Annual administration and progress report of the Indian Medical Department, Bombay
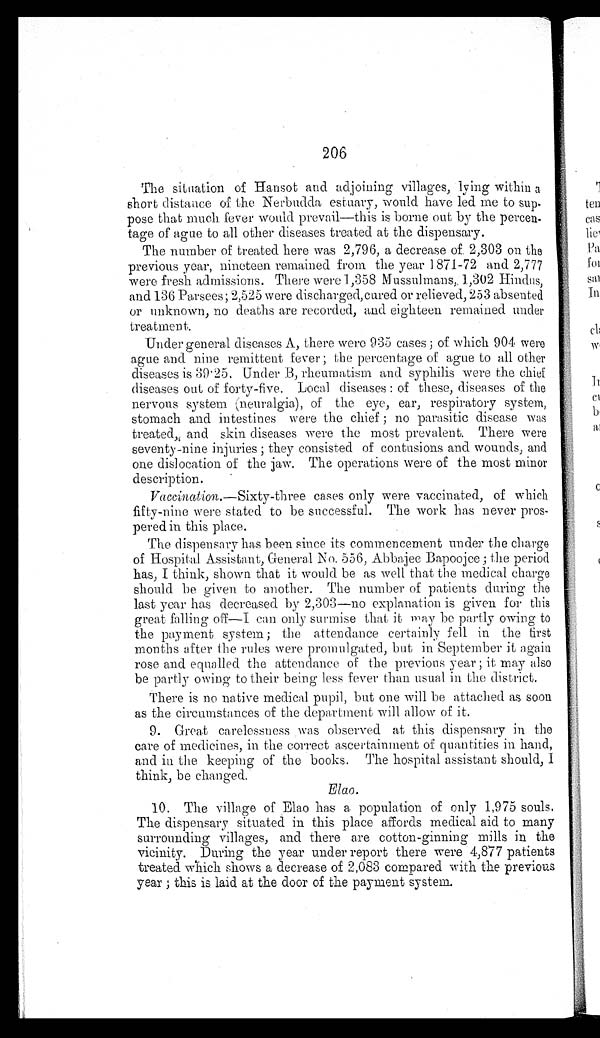
206
The situation of Hansot and adjoining villages, lying within a
short distance of the Nerbudda estuary, would have led me to sup-
pose that much fever would prevail—this is borne out by the percen-
tage of ague to all other diseases treated at the dispensary.
The number of treated here was 2,796, a decrease of 2,303 on the
previous year, nineteen remained from the year 1871-72 and 2,777
were fresh admissions. There were 1,858 Mussulmans, 1,302 Hindus,
and 136 Parsees; 2,525 were discharged, cured or relieved, 253 absented
or unknown, no deaths are recorded, and eighteen remained under
treatment.
Under general diseases A, there were 935 cases; of which 904 were
ague and nine remittent fever; the percentage of ague to all other
diseases is 39.25. Under B, rheumatism and syphilis were the chief
diseases out of forty-five. Local diseases: of these, diseases of the
nervous system (neuralgia), of the eye, ear, respiratory system,
stomach and intestines were the chief; no parasitic disease was
treated, and skin diseases were the most prevalent. There were
seventy-nine injuries; they consisted of contusions and wounds, and
one dislocation of the jaw. The operations were of the most minor
description.
Vaccination .—Sixty-three cases only were vaccinated, of which
fifty-nine were stated to be successful. The work has never pros
- p e r e d i n t h i s p l a c e .
The dispensary has been since its commencement under the charge
of Hospital Assistant, General No. 556, Abbajee Bapoojee; the period
has, I think, shown that it would be as well that the medical charge
should be given to another. The number of patients during the
last year has decreased by 2,303—no explanation is given for this
great falling off—I can only surmise that it may be partly owing to
the payment system; the attendance certainly fell in the first
months after the rules were promulgated, but in September it again
rose and equalled the attendance of the previous year; it may also
be partly owing to their being less fever than usual in the district.
There is no native medical pupil, but one will be attached as soon
as the circumstances of the department will allow of it.
9. Great carelessness was observed at this dispensary in the
care of medicines, in the correct ascertainment of quantities in hand,
and in the keeping of the books. The hospital assistant should, I
think, be changed.
Elao.
10. The village of Elao has a population of only 1,975 souls.
The dispensary situated in this place affords medical aid to many
surrounding villages, and there are cotton-ginning mills in the
vicinity. During the year under report there were 4,877 patients
treated which shows a decrease of 2,083 compared with the previous
year; this is laid at the door of the payment system.